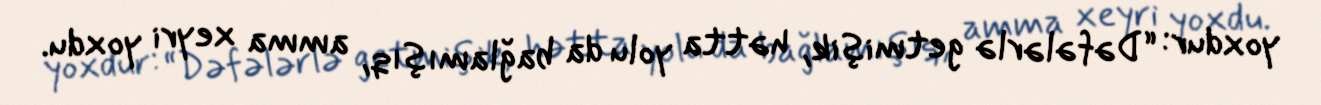
yoxdur: “Dəfələrlə getmişik, hətta yolu da bağlamışıq, amma xeyri yoxdu.